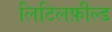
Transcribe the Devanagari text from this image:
लिटिलफ़ील्ड